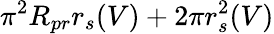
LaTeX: \pi^{2}R_{pr}r_{s}(V)+2\pi r_{s}^{2}(V)